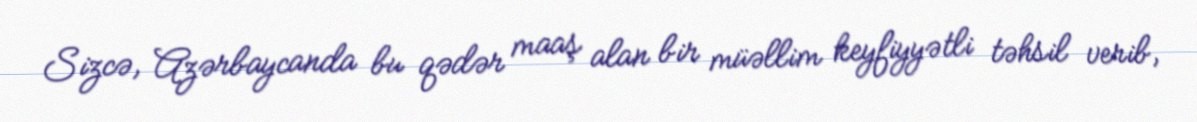
Sizcə, Azərbaycanda bu qədər maaş alan bir müəllim keyfiyyətli təhsil verib,